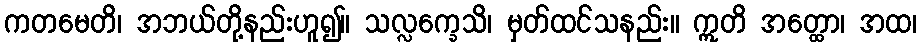
ကတမေတိ၊ အဘယ်တို့နည်းဟူ၍။ သလ္လက္ခေသိ၊ မှတ်ထင်သနည်း။ ဣတိ အတ္ထော၊ အထ၊